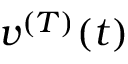
v ^ { ( T ) } ( t )